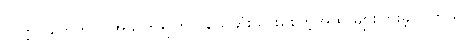
သတ္တဝါတွေကိုပါ အသက်ရှူကြပ် သေဆုံးသွားစေတဲ့အထိ များပြားခဲ့ပါ တယ်။